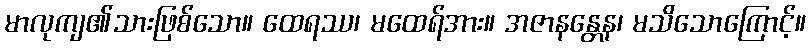
မာလုကျ၏သားဖြစ်သော။ ထေရဿ၊ မထေရ်အား။ အဇာနန္တေန၊ မသိသောကြောင့်။